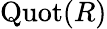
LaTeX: \operatorname{Quot}(R)